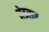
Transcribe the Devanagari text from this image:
मेडलफ़